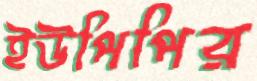
ইউপিপির